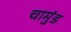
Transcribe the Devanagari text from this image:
चामुंड